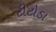
ટીટોડા